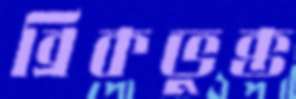
ব্রিকভুক্ত